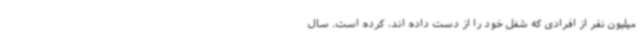
میلیون نفر از افرادی که شغل خود را از دست داده اند، کرده است. سال